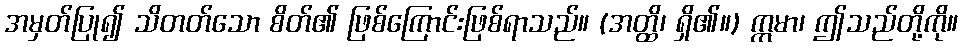
အမှတ်ပြု၍ သိတတ်သော စိတ်၏ ဖြစ်ကြောင်းဖြစ်ရာသည်။ (အတ္ထိ၊ ရှိ၏။) ဣမာ၊ ဤသည်တို့ကို။